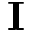
\mathbf { I }